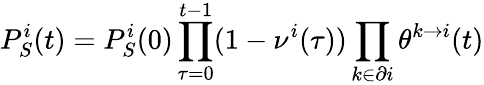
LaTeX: P_{S}^{i}(t)=P_{S}^{i}(0)\prod_{\tau=0}^{t-1}(1-\nu^{i}(\tau))\prod_{k\in\partial i}\theta^{k\to i}(t)